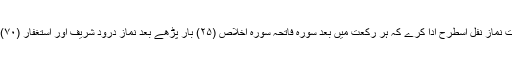
(۶) ۸ رکعت نمازِ نفل اسطرح ادا کرے کہ ہر رکعت میں بعد سورہ فاتحہ سورہ اخلاص (۲۵) بار پڑھے بعد نماز درود شریف اور استغفار (۷۰) بار پڑھے۔